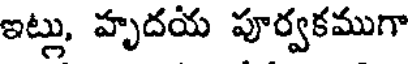
ఇట్లు, హృదయ పూర్వకముగా